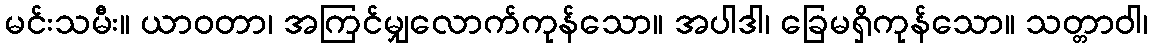
မင်းသမီး။ ယာဝတာ၊ အကြင်မျှလောက်ကုန်သော။ အပါဒါ၊ ခြေမရှိကုန်သော။ သတ္တာဝါ၊